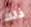
ذلك